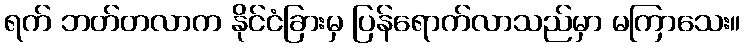
ရက် ဘတ်တလာက နိုင်ငံခြားမှ ပြန်ရောက်လာသည်မှာ မကြာသေး။